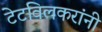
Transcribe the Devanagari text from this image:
टेटविलकरांनी